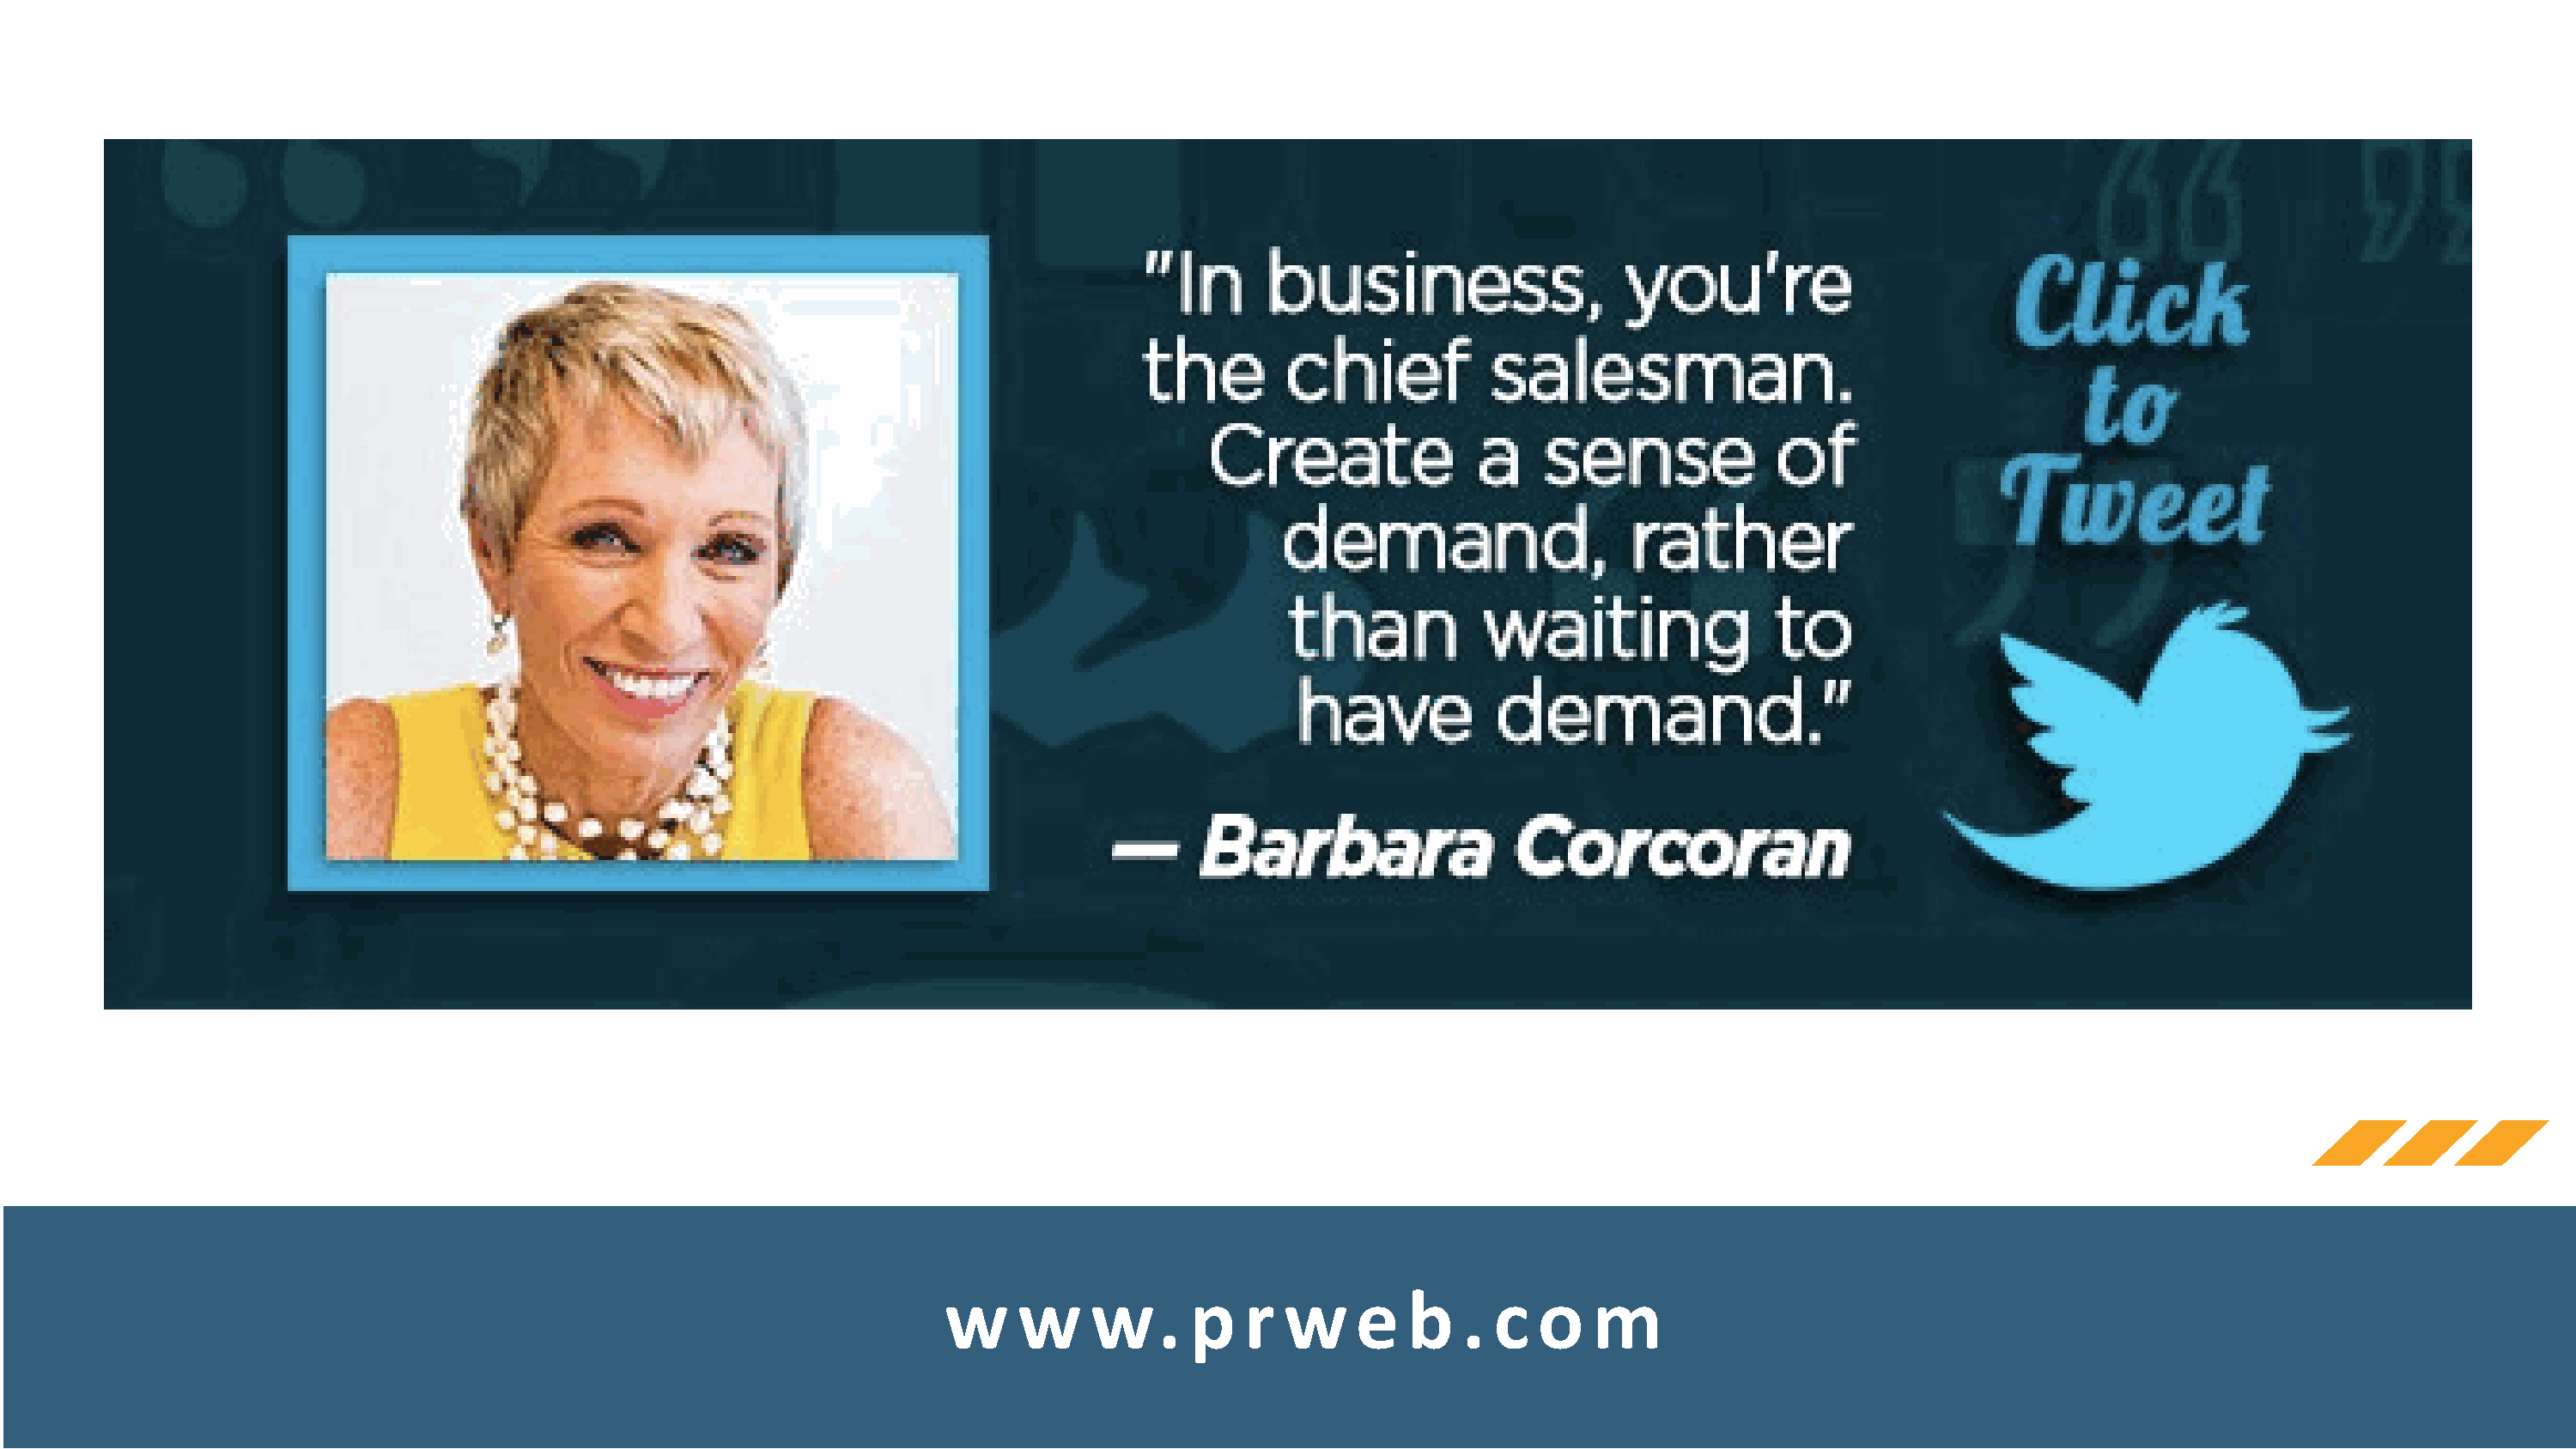
w    w     w.      p   r  w     e   b   . c   o   m